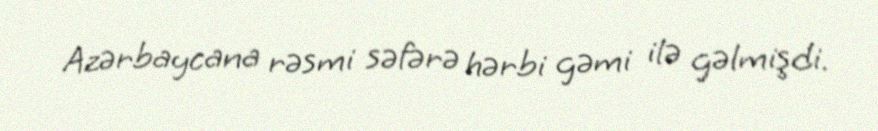
Azərbaycana rəsmi səfərə hərbi gəmi ilə gəlmişdi.